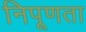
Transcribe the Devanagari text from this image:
निपूणता